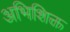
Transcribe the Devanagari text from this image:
अभिशिक्त